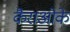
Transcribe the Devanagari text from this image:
कैराओके